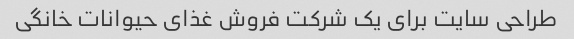
طراحی سایت برای یک شرکت فروش غذای حیوانات خانگی